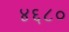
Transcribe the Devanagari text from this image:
४६८०